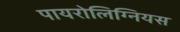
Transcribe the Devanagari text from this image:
पायरोलिग्नियस